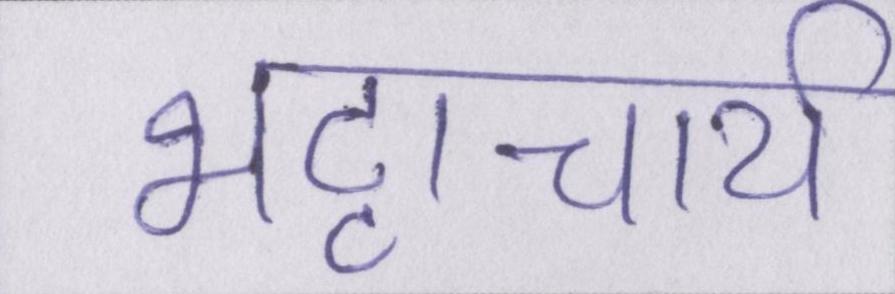
भट्टाचार्य